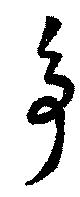
爭